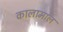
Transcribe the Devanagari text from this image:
कालामाल